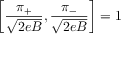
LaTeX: \left[ \frac { \pi _ { + } } { \sqrt { 2 e B } } , \frac { \pi _ { - } } { \sqrt { 2 e B } } \right] = 1